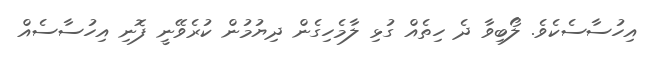
އިހުސާސެކެވެ. ލޯބިވާ ދެ ހިތެއް ގުޅި ލާމެހިގެން ދިޔުމުން ކުރެވޭނީ ފޮނި އިހުސާސެއް